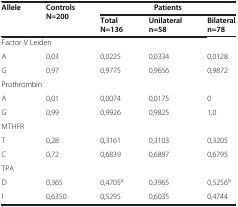
| <ROWSPAN=2> Allele | <ROWSPAN=2> Controls N=200 | <COLSPAN=3> Patients |
 | Total N=136 | Unilateral n=58 | Bilateral n=78 |
 | --- | --- | --- | --- | --- |
 | <COLSPAN=5> Factor V Leiden |
 | A | 0,03 | 0,0225 | 0,0334 | 0,0128 |
 | G | 0,97 | 0,9775 | 0,9656 | 0,9872 |
 | <COLSPAN=5> Prothrombin |
 | A | 0,01 | 0,0074 | 0,0175 | 0 |
 | G | 0,99 | 0,9926 | 0,9825 | 1,0 |
 | <COLSPAN=5> MTHFR |
 | T | 0,28 | 0,3161 | 0,3103 | 0,3205 |
 | C | 0,72 | 0,6839 | 0,6897 | 0,6795 |
 | <COLSPAN=5> TPA |
 | D | 0,365 | 0,4705a | 0,3965 | 0,5256b |
 | I | 0,6350 | 0,5295 | 0,6035 | 0,4744 |